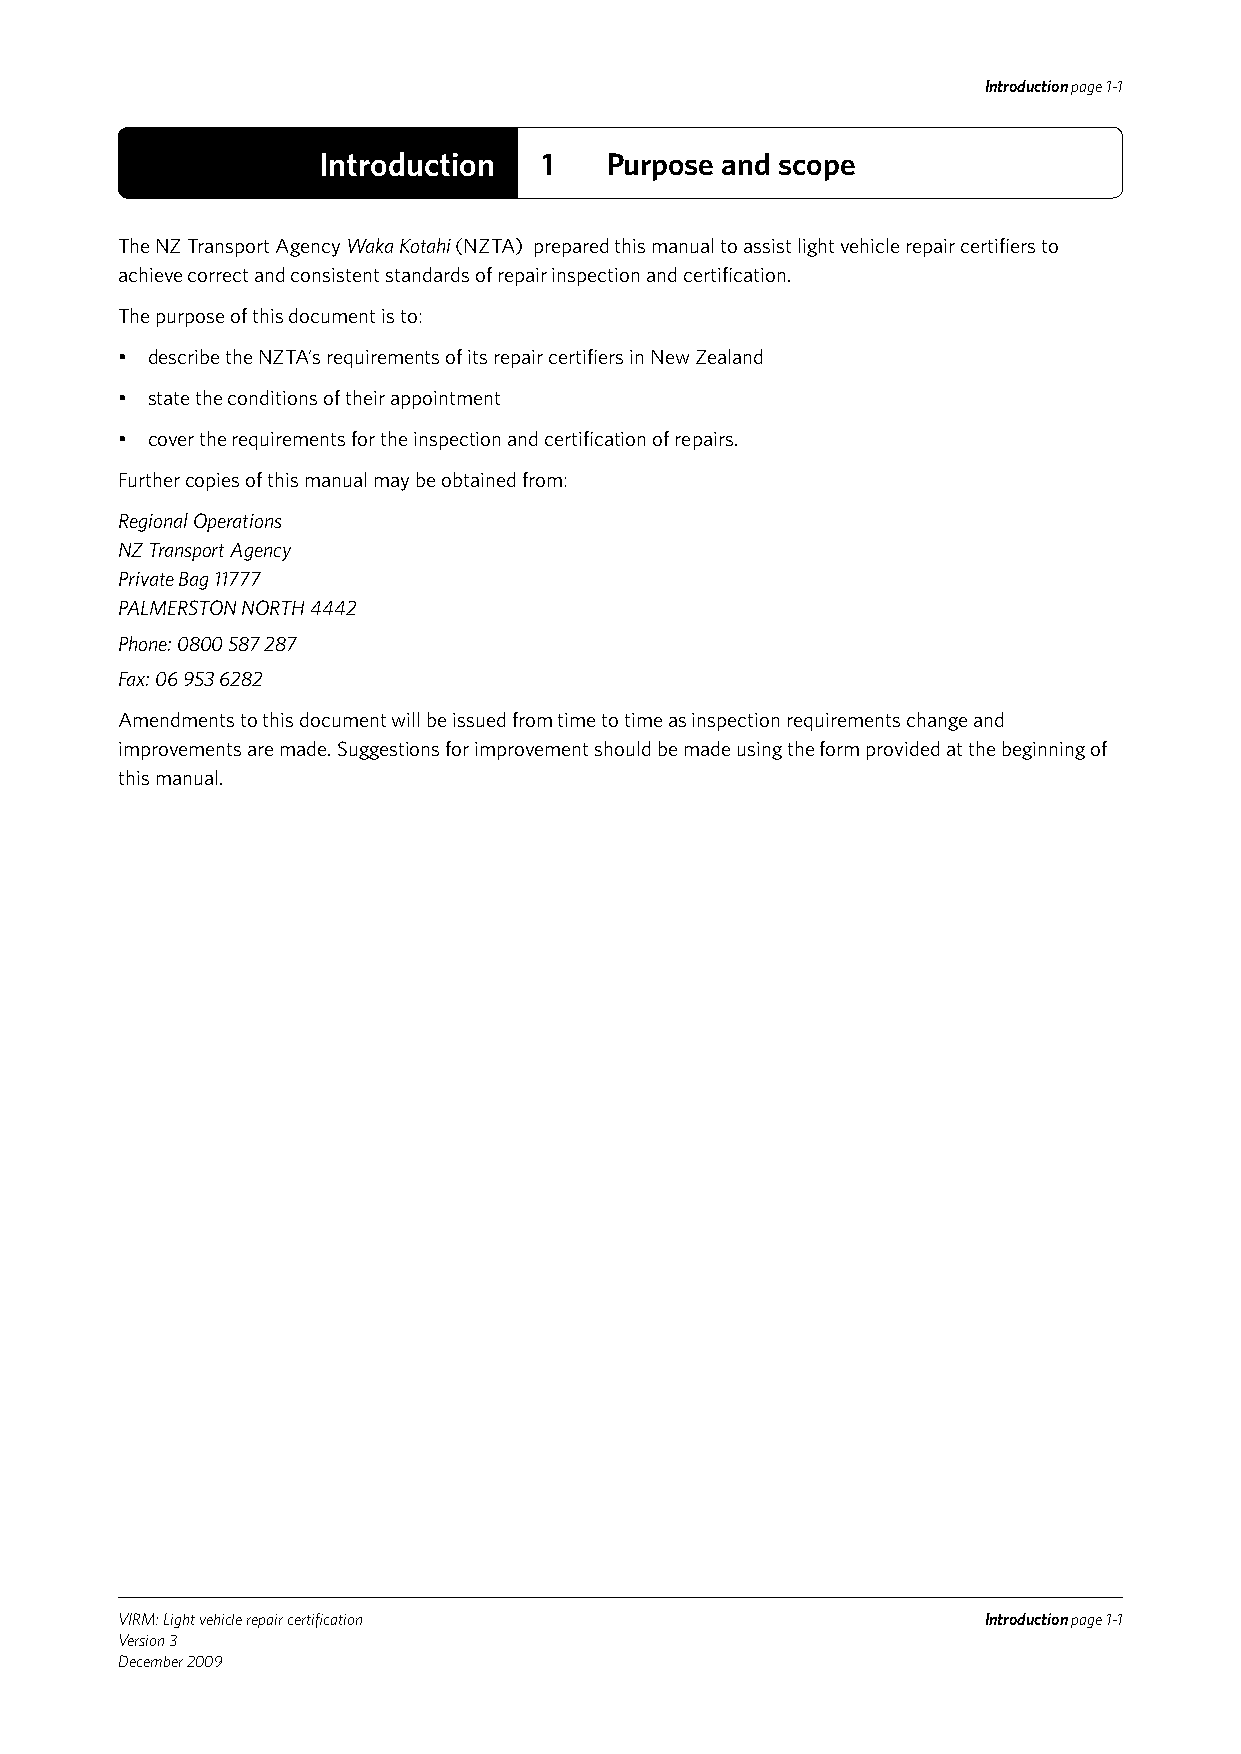
Introduction page 1-1
 Introduction   1   Purpose and scope
 The NZ Transport Agency Waka Kotahi (NZTA) prepared this manual to assist light vehicle repair certifiers to
 achieve correct and consistent standards of repair inspection and certification.
 The purpose of this document is to:
 • describe the NZTA’s requirements of its repair certifiers in New Zealand
 • state the conditions of their appointment
 • cover the requirements for the inspection and certification of repairs.
 Further copies of this manual may be obtained from:
 Regional Operations
 NZ Transport Agency
 Private Bag 11777
 PALMERSTON NORTH 4442
 Phone: 0800 587 287
 Fax: 06 953 6282
 Amendments to this document will be issued from time to time as inspection requirements change and
 improvements are made. Suggestions for improvement should be made using the form provided at the beginning of
 this manual.
 VIRM: Light vehicle repair certification                 Introduction page 1-1
 Version 3
 December 2009